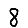
Digit: 8